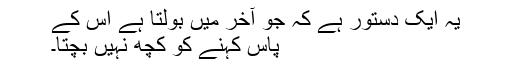
یہ ایک دستور ہے کہ جو آخر میں بولتا ہے اس کے
پاس کہنے کو کچھ نہیں بچتا۔